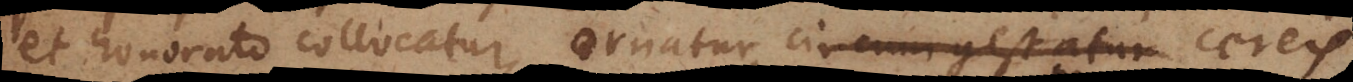
et honorato collocatur, ornatur, circumgestatur cereis